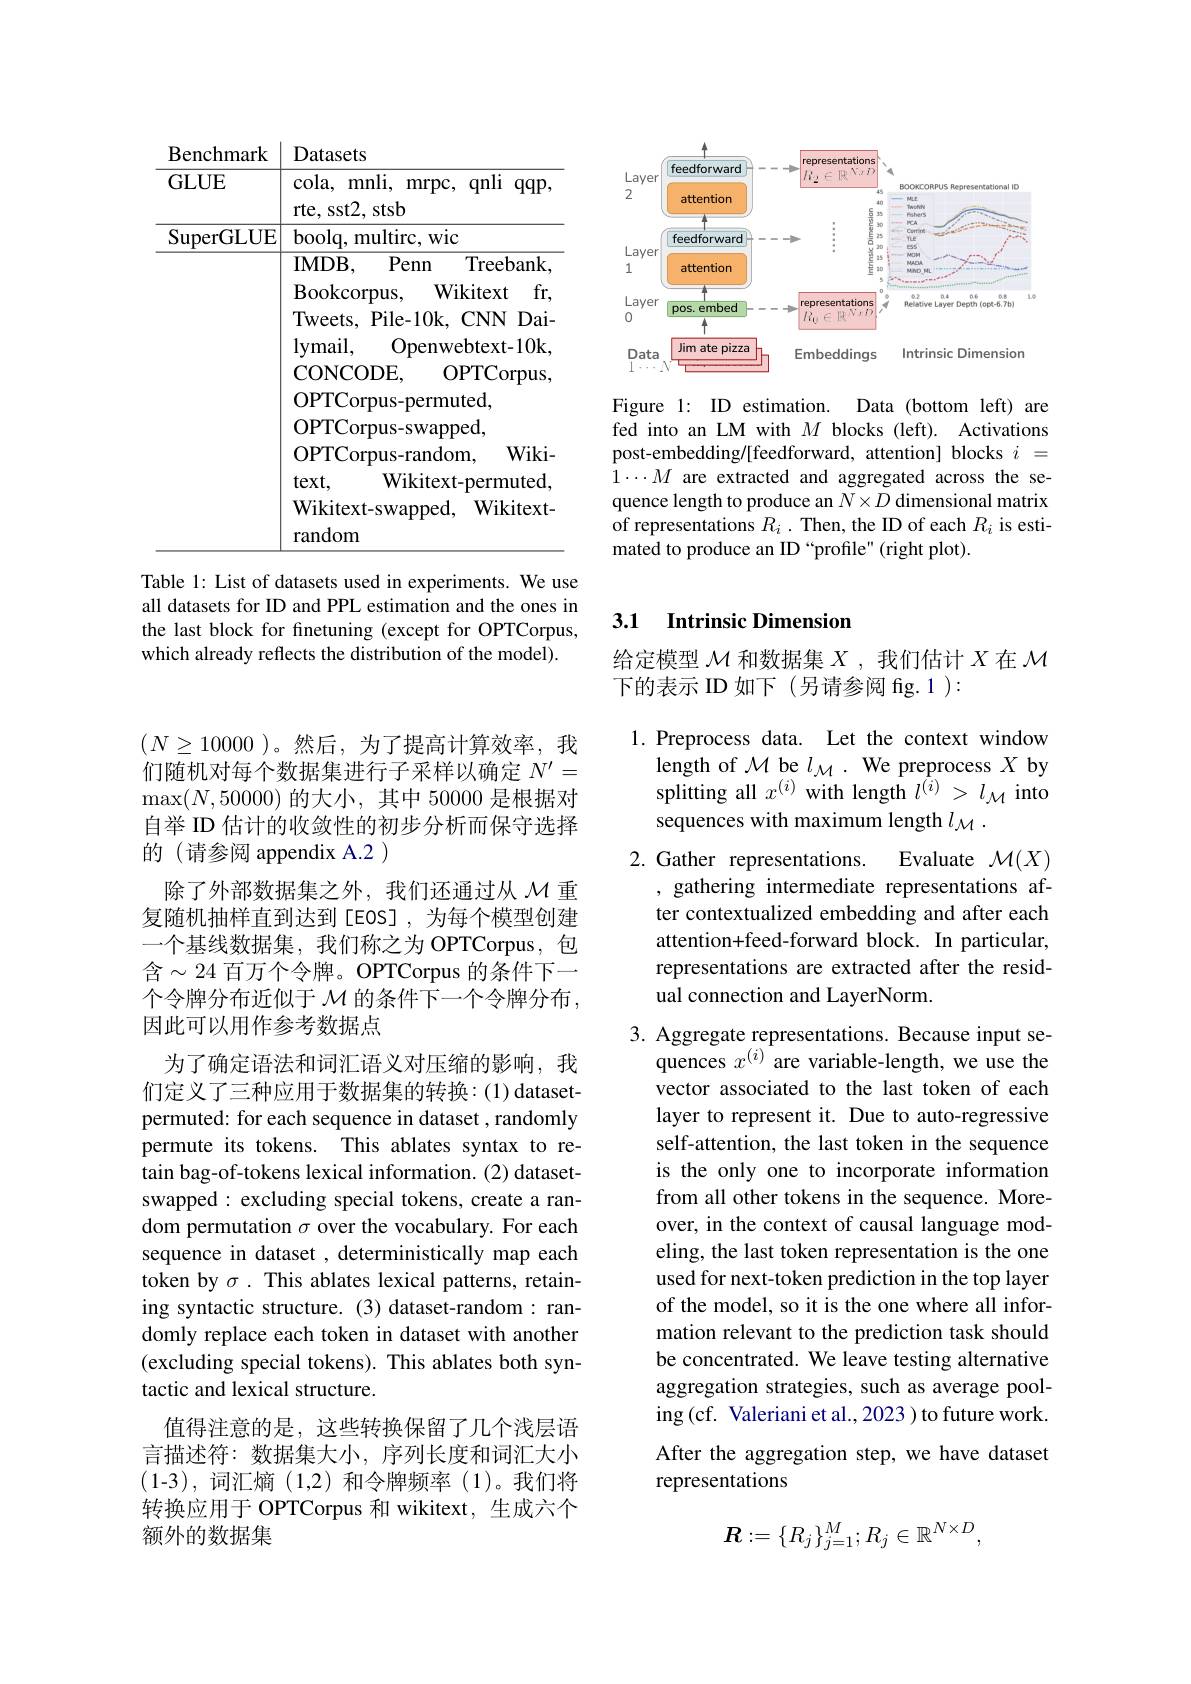
<table>
	<tbody>
		<tr>
			<th>Benchmark</th>
			<th>Datasets</th>
		</tr>
		<tr>
			<td>GLUE</td>
			<td>cola, r mnli, $mrpc$, $\zeta$ qnli $qqp$, rte, sst2, stsb</td>
		</tr>
		<tr>
			<td>SuperGLUE</td>
			<td>boolq, multirc, wic IMDB, Penn Treebank $\operatorname{Bookcorpus}$, Wikitext $t$ fr, Tweets, Pile-10k, CNN Dai- $lymail$, Openwebtext- 10k CONCODE, OPTCorpus, OPTCorpus- permuted, OPTCorpus- swapped, OPTCorpus- random, $Wiki.$ $text$, Wikitext- permuted Wikitext-swapped, Wikitext- random</td>
		</tr>
	</tbody>
</table>

Table 1: List of datasets used in experiments. We use all datasets for ID and PPL estimation and the ones in the last block for finetuning (except for OPTCorpus, which already reflects the distribution of the model).

<FigureHere>

Figure 1: ID estimation. Data (bottom left) are fed into an LM with $M$ blocks (left). Activations post-embedding/[feedforward, attention] blocks $i=$ $\hat{1}\cdots M$ are extracted and aggregated across the sequence length to produce an $N\times D$ dimensional matrix of representations $R_i.$ Then, the ID of each $R_i$ is estimated to produce an ID “profile" (right plot).

$(N\geq10000$ )。然后，为了提高计算效率，我们随机对每个数据集进行子采样以确定$N^{\prime}=$ $\max(N,50000)$的大小，其中 50000 是根据对自举 ID 估计的收敛性的初步分析而保守选择的 (请参阅 appendix A.2 )
除了外部数据集之外，我们还通过从$\mathcal{M}$重复随机抽样直到达到[EOS],为每个模型创建一个基线数据集，我们称之为 OPTCorpus,包含$\sim24$ 百万个令牌。OPTCorpus 的条件下一个令牌分布近似于$\mathcal{M}$的条件下一个令牌分布， 因此可以用作参考数据点
为了确定语法和词汇语义对压缩的影响，我们定义了三种应用于数据集的转换：(1) datasetpermuted: for each sequence in dataset , randomly permute its tokens. This ablates syntax to retain bag-of-tokens lexical information. (2) datasetswapped: excluding special tokens, create a random permutation $\sigma$ over the vocabulary. For each sequence in dataset , deterministically map each token by $\sigma.$ This ablates lexical patterns, retaining syntactic structure. (3) dataset-random: randomly replace each token in dataset with another (excluding special tokens). This ablates both syntactic and lexical structure.
值得注意的是，这些转换保留了几个浅层语言描述符：数据集大小，序列长度和词汇大小(1-3),词汇熵(1,2)和令牌频率(1)。我们将转换应用于 OPTCorpus 和 wikitext, 生成六个额外的数据集

## 3.1 Intrinsic Dimension

给定模型$\mathcal{M}$和数据集$X$ ,我们估计$X$在$\mathcal{M}$
下的表示 ID 如下(另请参阅 fig. 1 ):

1. Preprocess data. Let the context window
length of $\mathcal{M}$ be $l_\mathcal{M}.$ We preprocess $X$ by splitting all $x^{(i)}$ with length $l^{(i)}>l_{\mathcal{M}}$ into sequences with maximum length $l_{\mathcal{M} }$ .
2.Gather representations.
Evaluate $\mathcal{M}(X)$
, gathering intermediate representations after contextualized embedding and after each attention+feed-forward block. In particular, representations are extracted after the residual connection and LayerNorm.

3. Aggregate representations. Because input se-
quences $x^{(i)}$are variable-length, we use the vector associated to the last token of each layer to represent it. Due to auto-regressive self-attention, the last token in the sequence is the only one to incorporate information from all other tokens in the sequence. Moreover, in the context of causal language modeling, the last token representation is the one used for next-token prediction in the top layer of the model, so it is the one where all information relevant to the prediction task should be concentrated. We leave testing alternative aggregation strategies, such as average pooling (cf. Valeriani et al.,2023 ) to future work. After the aggregation step, we have dataset representations
$$\boldsymbol{R}:=\{R_j\}_{j=1}^M;R_j\in\mathbb{R}^{N\times D},$$